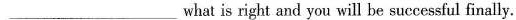
___ what is right and you will be successful finally.